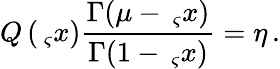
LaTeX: Q\left(\, _{\varsigma}x\right)\frac{\Gamma(\mu-\, _{\varsigma}x)}{\Gamma(1-\, _{\varsigma}x)}=\eta\, .